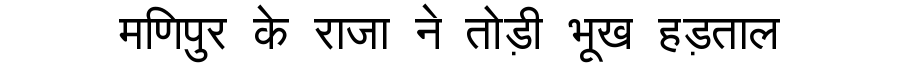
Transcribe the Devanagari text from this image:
मणिपुर के राजा ने तोड़ी भूख हड़ताल